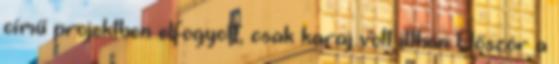
című projektben elfogyott, csak karaj volt itthon Először a